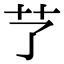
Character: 𦫼